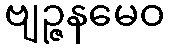
ဗျဉ္ဇနမေဝ